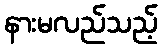
နားမလည်သည့်